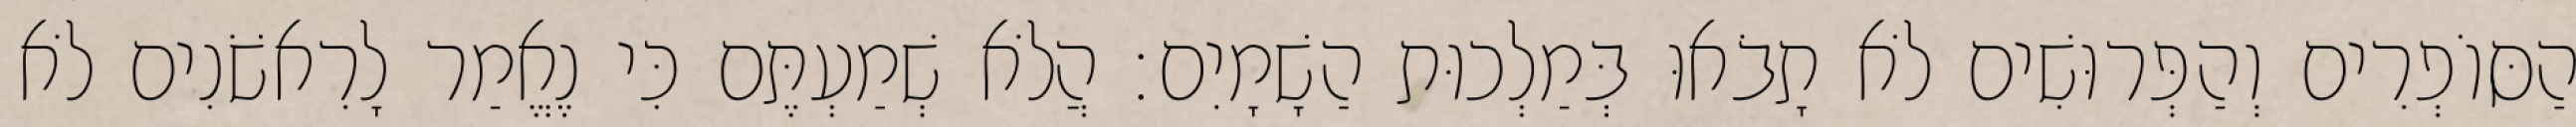
הַסּוֹפְרִים וְהַפְּרוּשִׁים לֹא תָבֹאוּ בְּמַלְכוּת הַשָׁמָיִם׃ הֲלֹא שְׁמַעְתֶּם כִּי נֶאֱמַר לָרִאשֹׁנִים לֹא